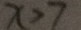
x > 7